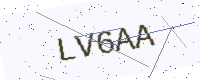
Text: LV6AA